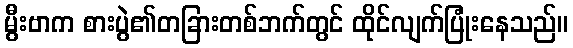
မွီးဗာက စားပွဲ၏တခြားတစ်ဘက်တွင် ထိုင်လျက်ပြုံးနေသည်။